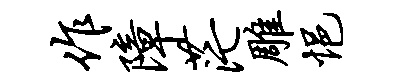
作障茫雕悒